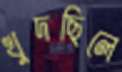
খুদছিলে